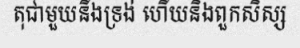
តុជាមួយនឹងទ្រង់ ហើយនិងពួកសិស្ស